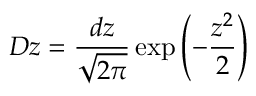
D z = \frac { d z } { \sqrt { 2 \pi } } \exp \left( - \frac { z ^ { 2 } } { 2 } \right)